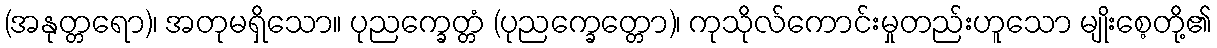
(အနုတ္တရော)၊ အတုမရှိသော။ ပုညက္ခေတ္တံ (ပုညက္ခေတ္တော)၊ ကုသိုလ်ကောင်းမှုတည်းဟူသော မျိုးစေ့တို့၏